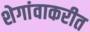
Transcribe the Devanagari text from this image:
शेगांवाकरीत